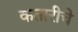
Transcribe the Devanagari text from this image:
कतारीचे